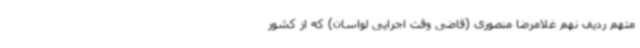
متهم ردیف نهم غلامرضا منصوری (قاضی وقت اجرایی لواسان) که از کشور